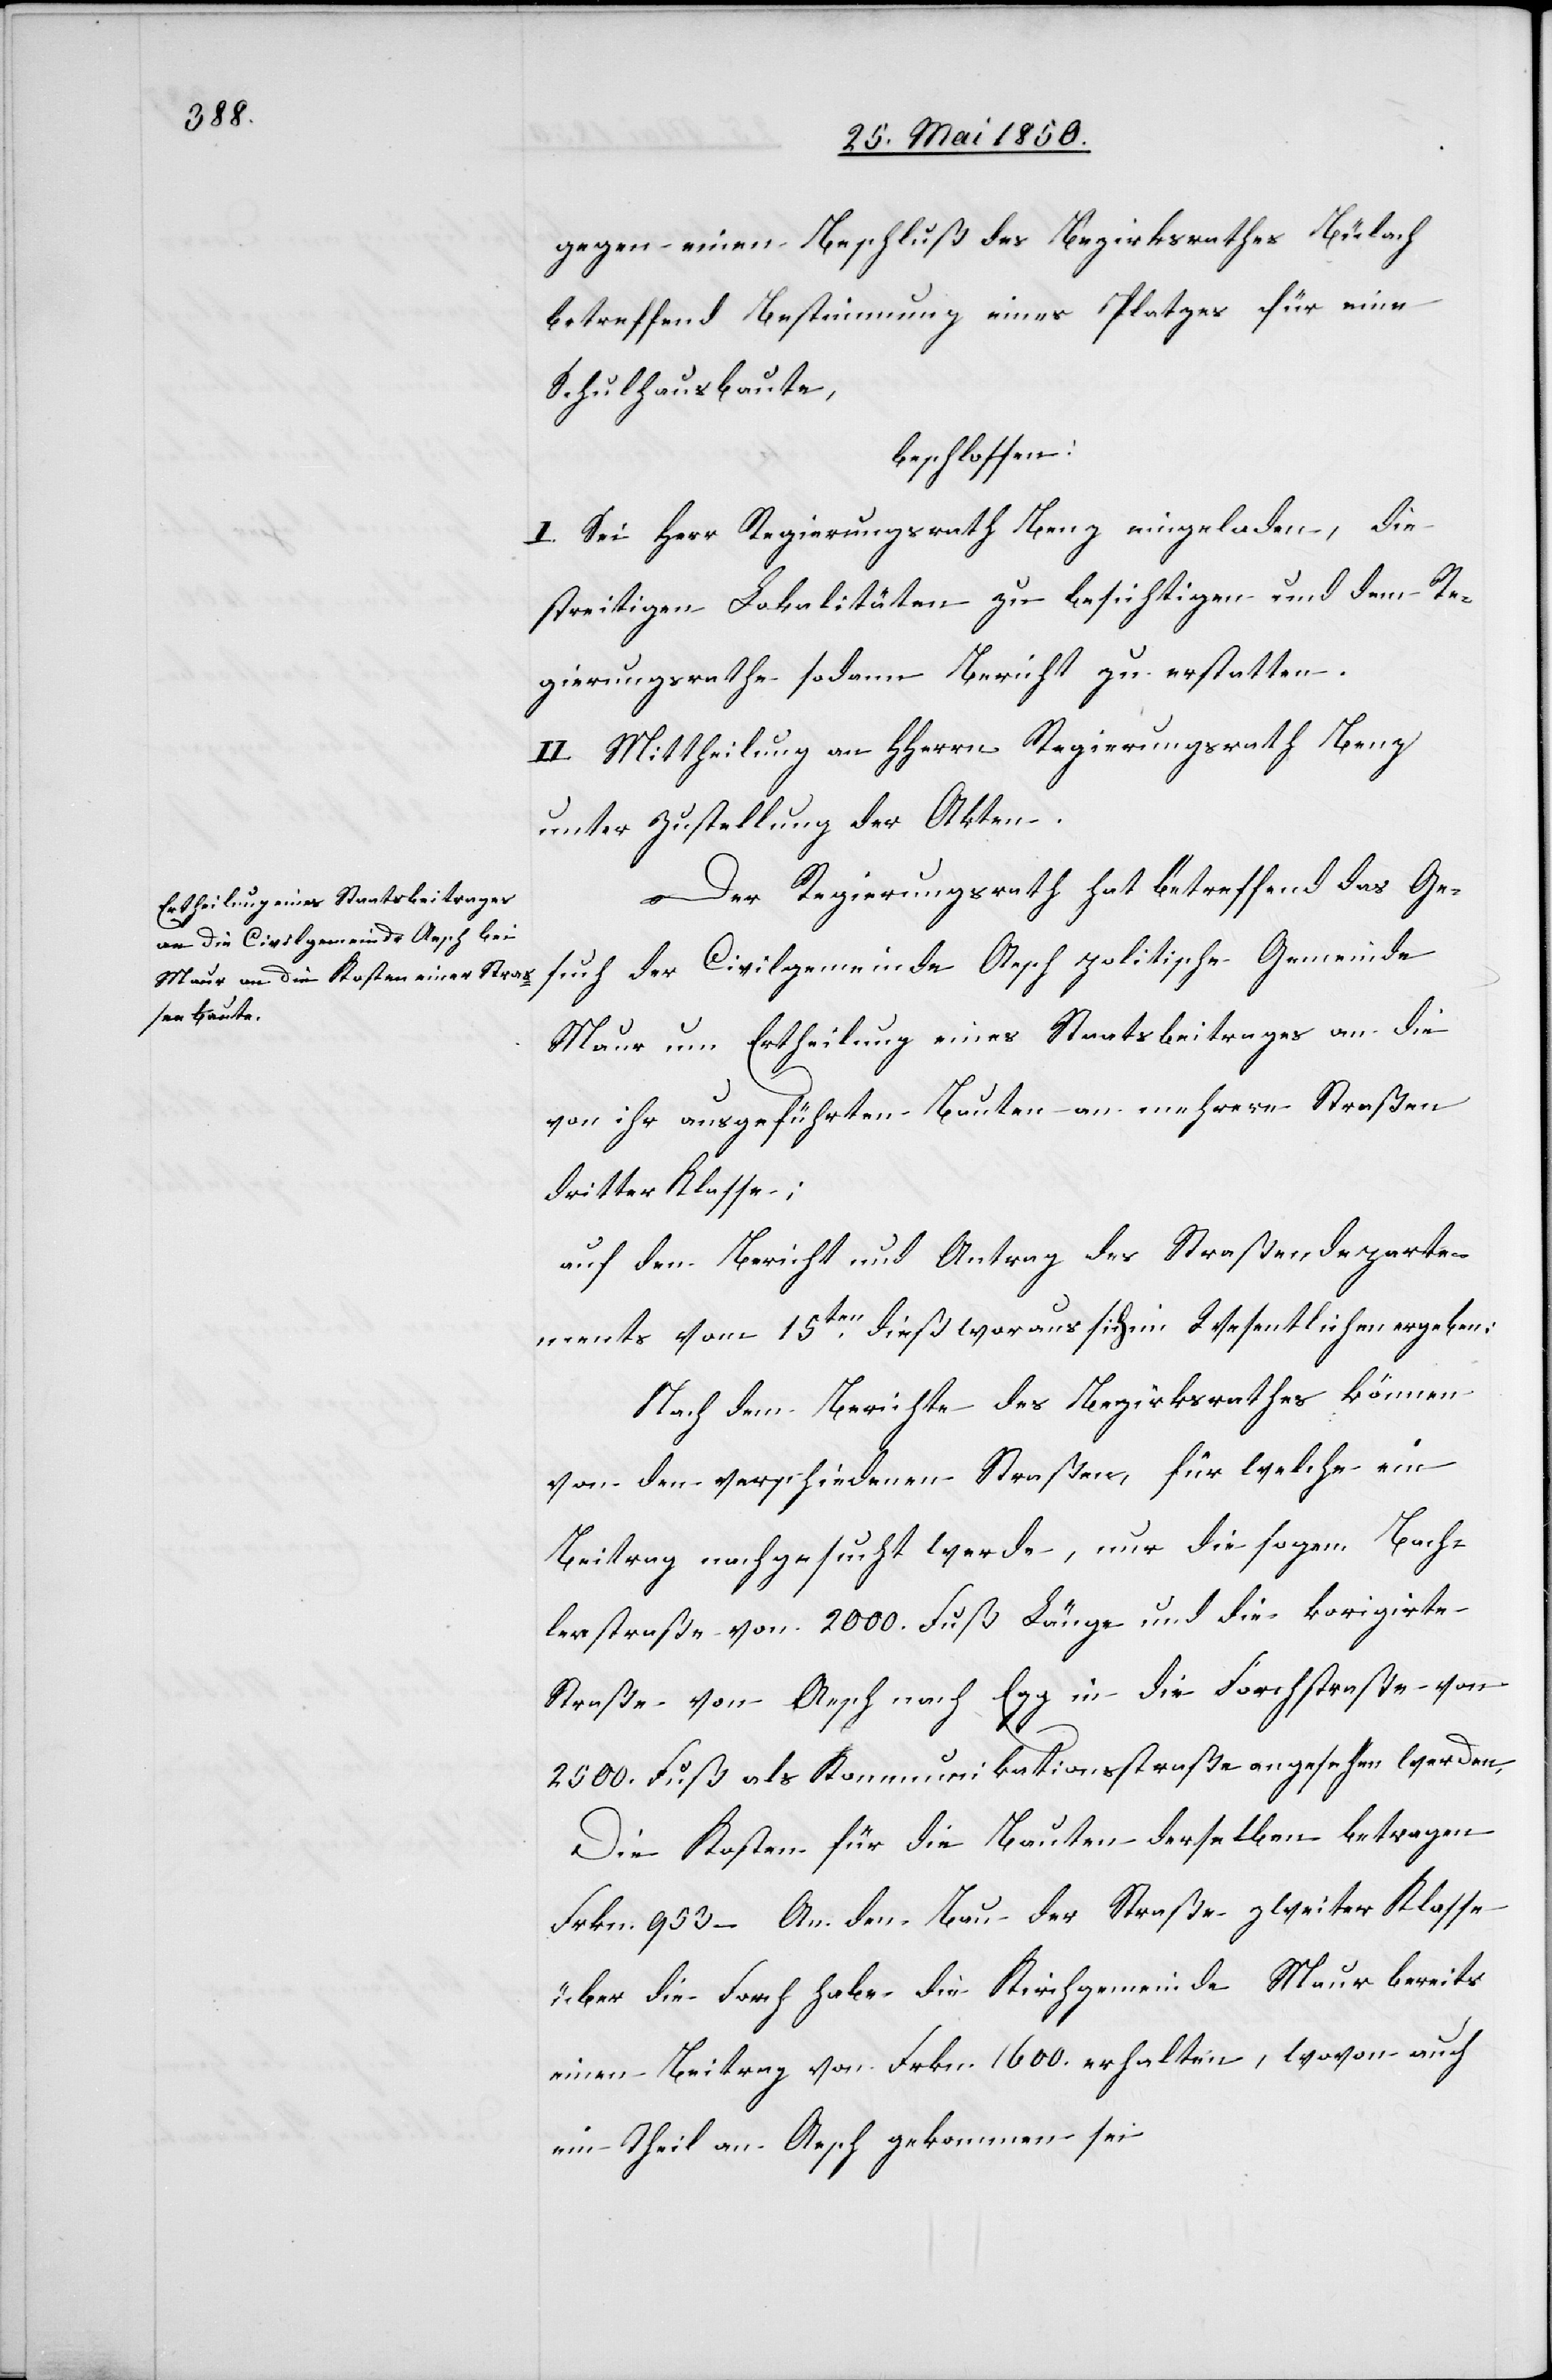
gegen einen Beschluß des Bezirksrathes Bülach
betreffend Bestimmung eines Platzes für eine
Schulhausbaute,
beschlossen:
I. Sei Herr Regierungsrath Benz eingeladen, die
streitigen Lokalitäten zu besichtigen und dem Re¬
gierungsrathe sodann Bericht zu erstatten.
II. Mittheilung an HHerrn Regierungsrath Benz
unter Zustellung der Akten.
Der Regierungsrath hat betreffend das Ge¬
such der Civilgemeinde Aesch politische Gemeinde
Maur um Ertheilung eines Staatsbeitrages an die
von ihr ausgeführten Bauten an mehrern Straßen
dritter Klasse;
auf den Bericht und Antrag des Straßendeparte¬
ments vom 15ten dieß woraus sich im Wesentlichen ergeben:
Nach dem Berichte des Bezirksrathes können
von den verschiedenen Straßen, für welche ein
Beitrag nachgesucht werde, nur die sogen. Bach¬
lerstraße von 2000. Fuß Länge und die korrigirte
Straße von Aesch nach Egg in die Forchstraße von
2500. Fuß als Kommunikationsstraße angesehen werden.
Die Kosten für die Bauten derselben betragen
Frkn. 953 – An den Bau der Straße zweiter Klasse
über die Forch habe die Kirchgemeinde Maur bereits
einen Beitrag von Frkn. 1600. erhalten, wovon auch
ein Theil an Aesch gekommen sei.